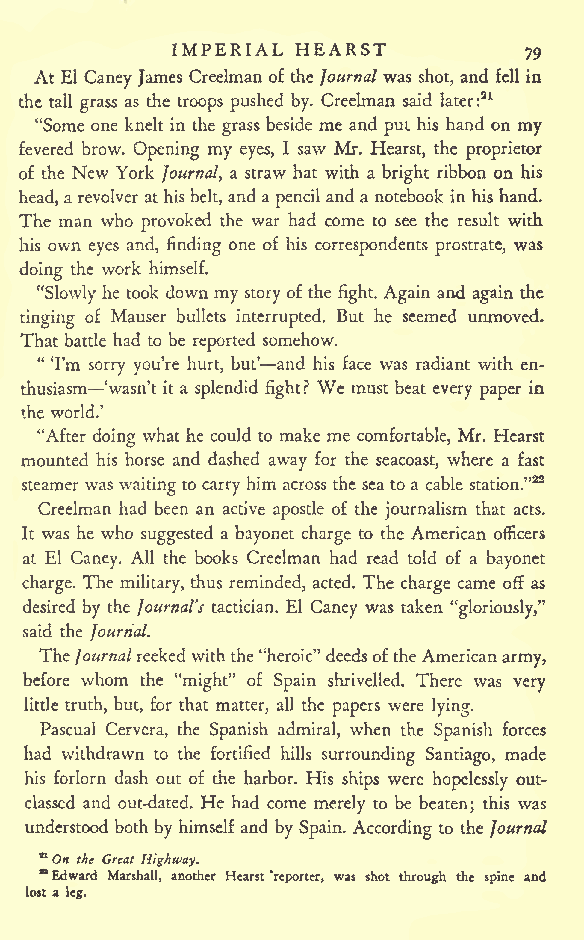
IMPERIAL HEARST
 79
 At El Caney James Creelman of the Journal was shot, and fell in
 the tall grass as the troops pushed by. Creelman said later:21
 "Some one knelt in the grass beside me and put his hand on my
 fevered brow. Opening my eyes, I saw Mr. Hearst, the proprietor
 of the New York Journal, a straw hat with a bright ribbon on his
 head,arevolver at his belt, and apencil and a notebook in his hand.
 The man who provoked the war had come to see the result with
 his own eyes and, finding one of his correspondents prostrate, was
 doing the work himself.
 "Slowly he took down my story of the fight. Again and again the
 tinging of Mauser bullets interrupted. But he seemed unmoved.
 That battle had to be reported somehow.
 " I'm sorry you're hurt, but' and his face was radiant with en-
 thusiasm 'wasn't it a splendid fight? We must beat every paper in
 the world.'
 "After doing what he could to make me comfortable, Mr. Hearst
 mounted his horse and dashed away for the seacoast, where a fast
 steamer was waiting to carry him across the sea to a cable station."22
 Creelman had been an active apostle of the journalism that acts.
 It was he who suggested a bayonet charge to the American officers
 at El Caney. All the books Creelman had read told of a bayonet
 charge. The military, thus reminded, acted. The charge came off as
 desired by the Journal's tactician. El Caney was taken "gloriously,"
 said the Journal.
 The Journalreekedwiththe"heroic"deedsoftheAmericanarmy,
 before whom the "might" of Spain shrivelled. There was very
 little truth, but, for that matter, all the papers were lying.
 Pascual Cervera, the Spanish admiral, when the Spanish forces
 had withdrawn to the fortified hills surrounding Santiago, made
 his forlorn dash out of the harbor. His ships were hopelessly out-
 classed and out-dated. He had come merely to be beaten; this was
 understood both by himself and by Spain. According to the Journal
 n
 On the Great Highway.
 "Edward Marshall, another Hearst 'reporter, was shot through the spine and
 lost a leg.